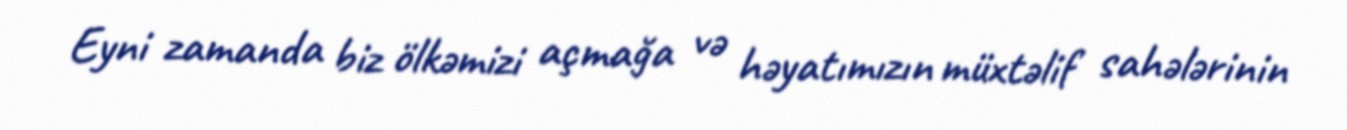
Eyni zamanda biz ölkəmizi açmağa və həyatımızın müxtəlif sahələrinin